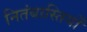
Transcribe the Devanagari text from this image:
नितंबास्तियों